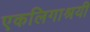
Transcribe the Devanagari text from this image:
एकलिगाश्रयी